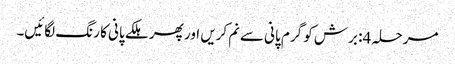
مرحلہ 4: برش کو گرم پانی سے نم کریں اور پھر ہلکے پانی کا رنگ لگائیں۔